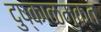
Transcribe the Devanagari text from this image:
दुष्काळमुक्त